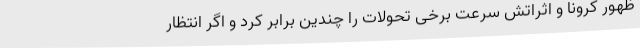
ظهور کرونا و اثراتش سرعت برخی تحولات را چندین برابر کرد و اگر انتظار